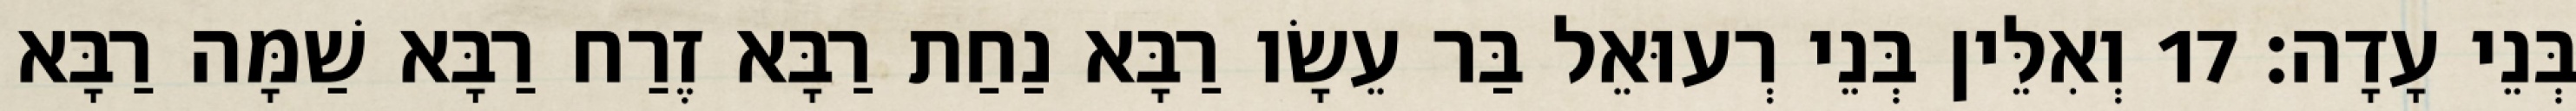
בְּנֵי עָדָה׃ 17 וְאִלֵּין בְּנֵי רְעוּאֵל בַּר עֵשָׂו רַבָּא נַחַת רַבָּא זֶרַח רַבָּא שַׁמָּה רַבָּא